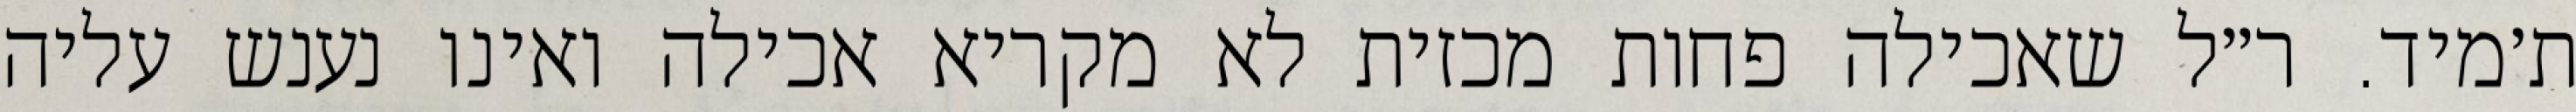
ת׳מיד. ר״ל שאכילה פחות מכזית לא מקריא אכילה ואינו נענש עליה